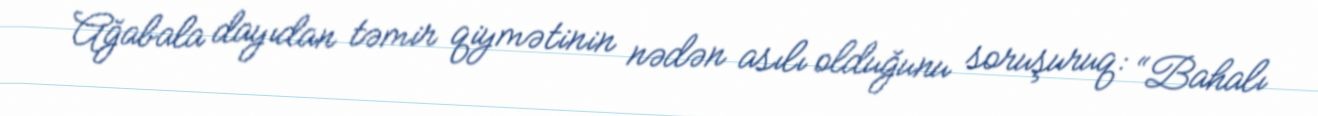
Ağabala dayıdan təmir qiymətinin nədən asılı olduğunu soruşuruq: “Bahalı